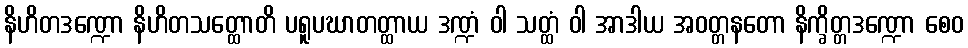
နိဟိတဒဏ္ဍော နိဟိတသတ္ထောတိ ပရူပဃာတတ္ထာယ ဒဏ္ဍံ ဝါ သတ္ထံ ဝါ အာဒါယ အဝတ္တနတော နိက္ခိတ္တဒဏ္ဍော စေဝ